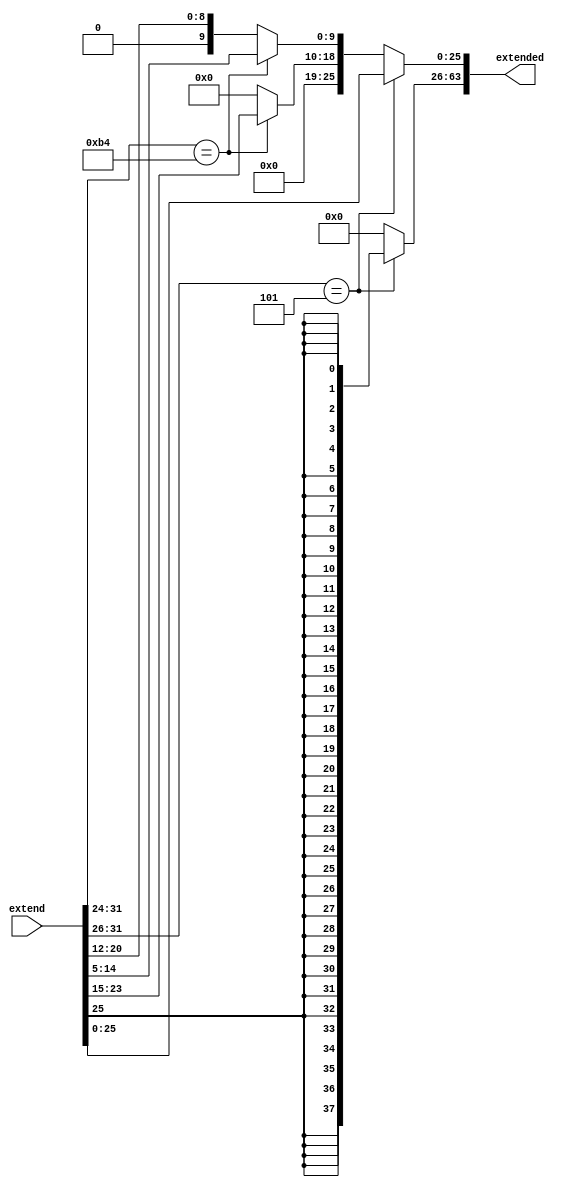
module SignExtend( extend, extended );
input[31:0] extend;
output[63:0] extended;

reg[63:0] extended;

always@(extend)
begin
    if (extend[31:26] == 6'b000101) //b-type
	begin
      
        extended[25:0] = extend[25:0];
        extended[63:26] = {38{extended[25]}};
      
    end 
	else if (extend[31:24] == 8'b10110100)//cbz-type 
	begin 

        extended[19:0] = extend[23:5];
        extended[63:20] = {44{extended[19]}};
        
    end 
	else//d-type 
	begin 
        extended[9:0] = extend[20:12];
        extended[63:10] = {54{extended[9]}};
    end
end
endmodule